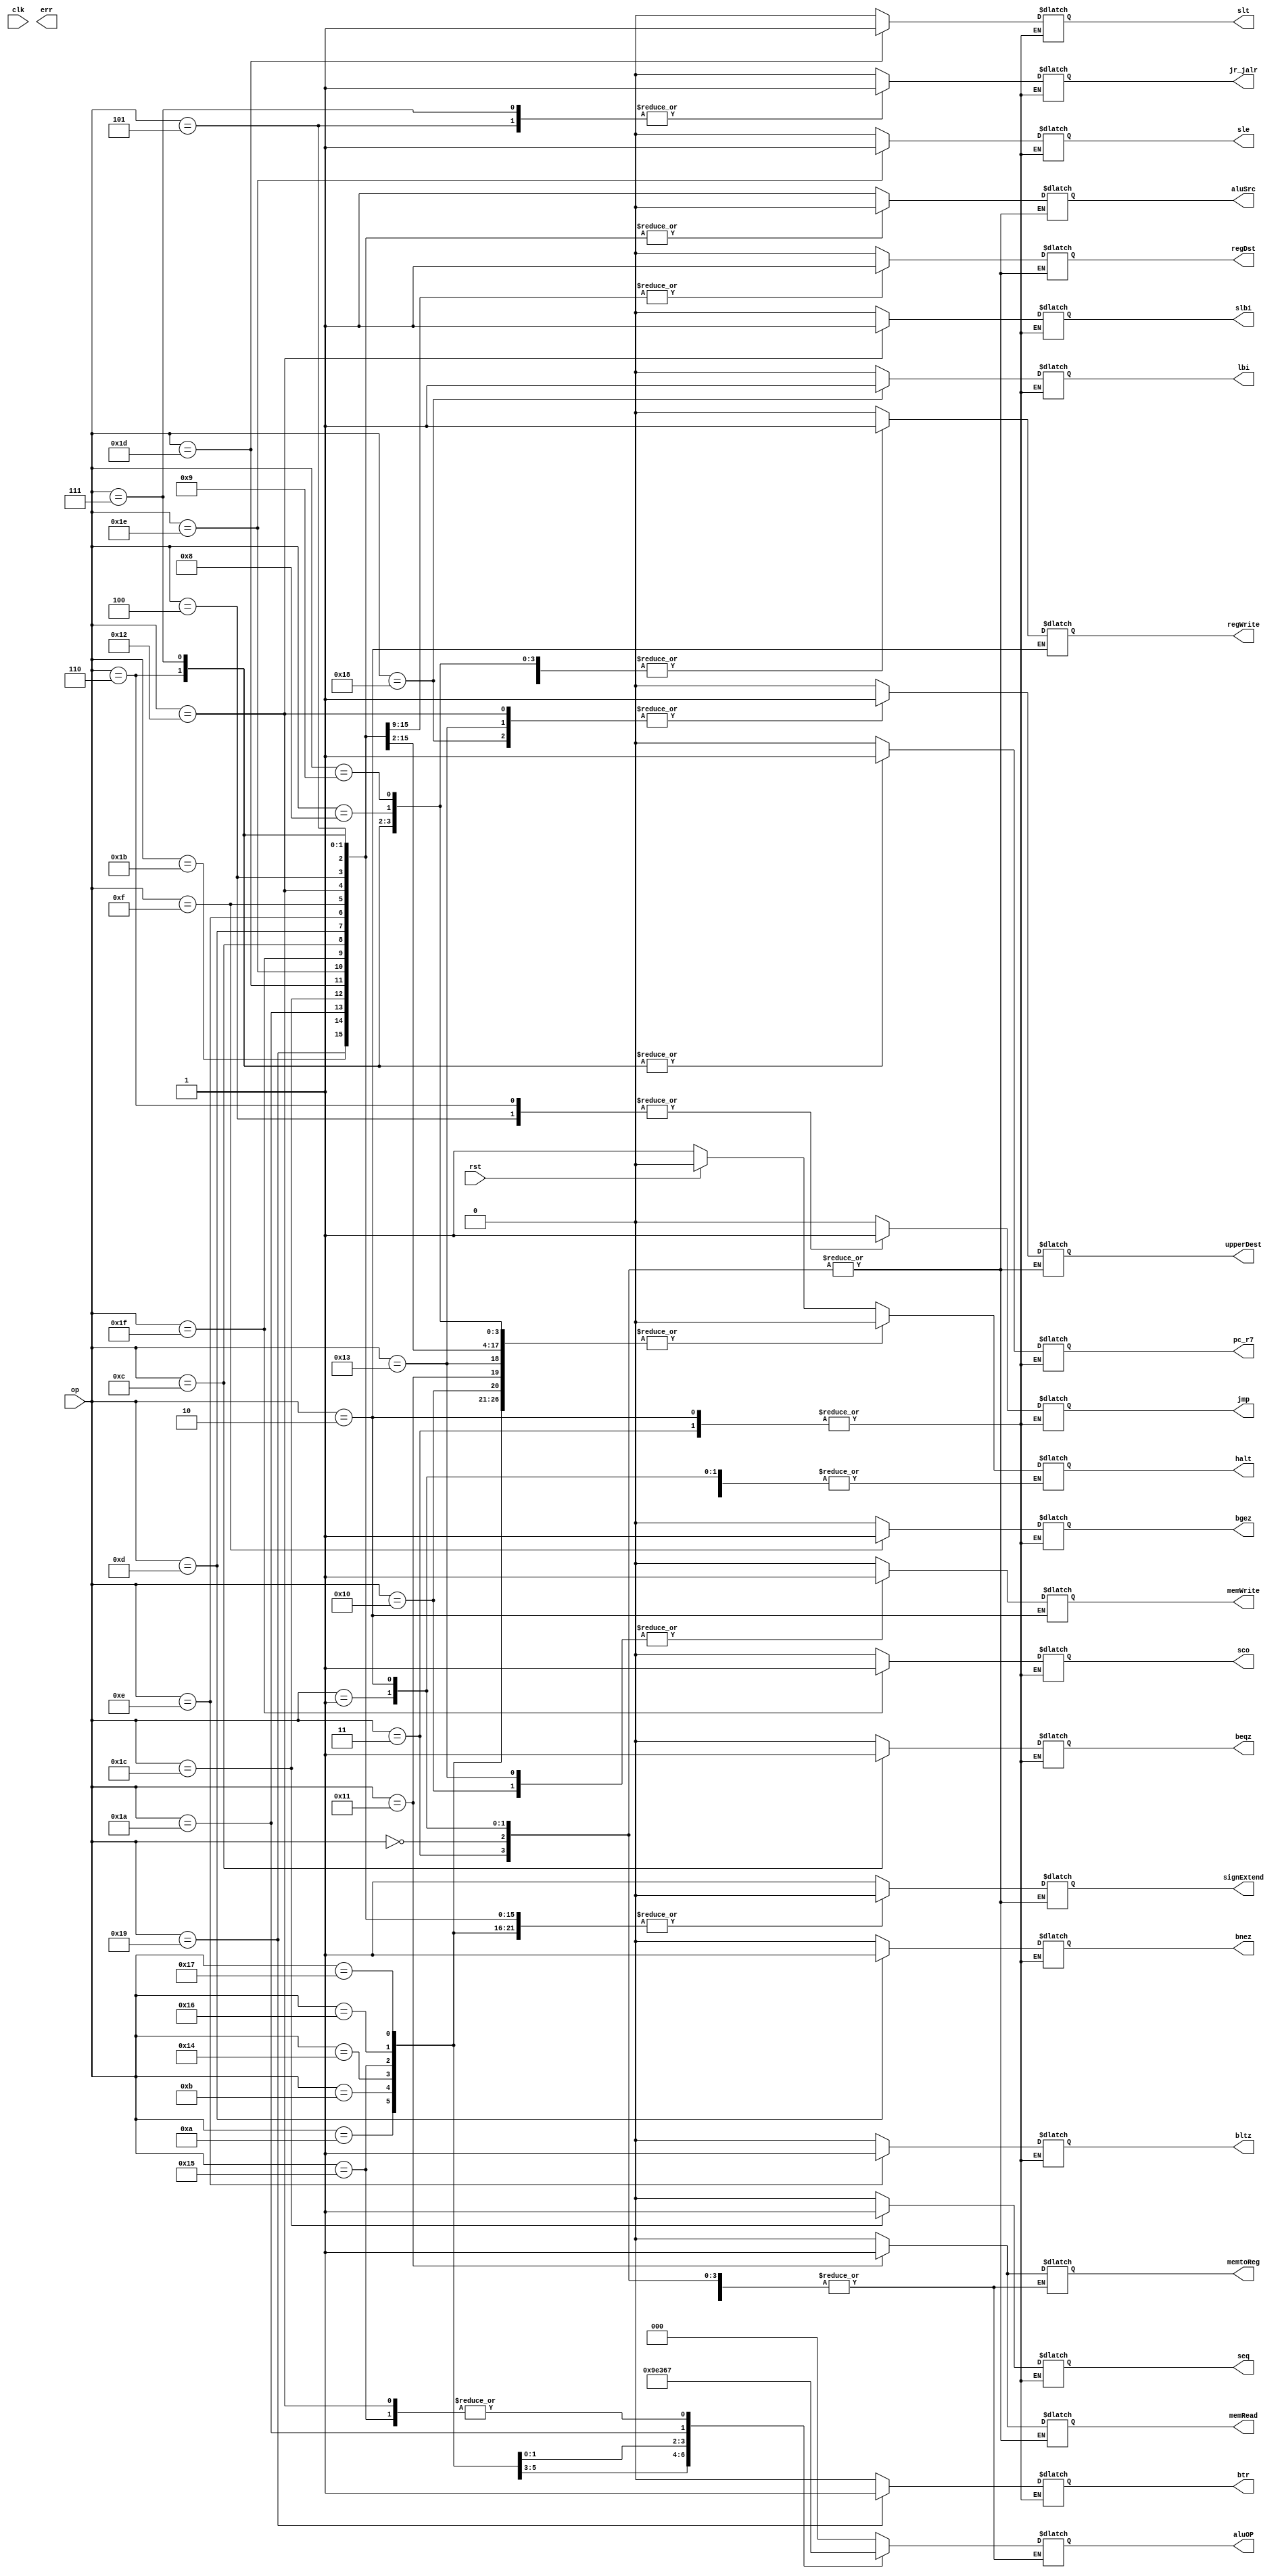
module proc_control_unpipelined(op, regDst, memRead, memWrite, memtoReg, aluOP, aluSrc, signExtend, regWrite, upperDest, lbi, slbi, btr, jmp, jr_jalr, pc_r7, beqz, bnez, bltz, bgez, halt, clk, rst, err, seq, slt, sle, sco);

input clk, rst;
input [4:0] op;

output reg regDst, memRead, memWrite, memtoReg, aluSrc, signExtend, regWrite, upperDest, err, halt;
output reg lbi, slbi, btr, jmp, jr_jalr, pc_r7, beqz, bnez, bltz, bgez, seq, slt, sle, sco;
output reg [2:0] aluOP;

parameter HALT = 5'b00000;
parameter NOP = 5'b00001;
parameter ADDI = 5'b01000;
parameter SUBI = 5'b01001;
parameter XORI = 5'b01010;
parameter ANDNI = 5'b01011;
parameter ROLI = 5'b10100;
parameter SLLI = 5'b10101;
parameter RORI = 5'b10110;
parameter SRLI = 5'b10111;
parameter ST = 5'b10000;
parameter LD = 5'b10001;
parameter STU = 5'b10011;
parameter BTR = 5'b11001;
parameter ARITH = 5'b11011;
parameter SHFT = 5'b11010;
parameter SEQ = 5'b11100;
parameter SLT = 5'b11101;
parameter SLE = 5'b11110;
parameter SCO = 5'b11111;
parameter BEQZ = 5'b01100;
parameter BNEZ = 5'b01101;
parameter BLTZ = 5'b01110;
parameter BGEZ = 5'b01111;
parameter LBI = 5'b11000;
parameter SLBI = 5'b10010;
parameter JMP = 5'b00100;
parameter JR = 5'b00101;
parameter JAL = 5'b00110;
parameter JALR = 5'b00111;
parameter ILLEGAL = 5'b00010;
parameter RTI = 5'b00011;


//FOR DEFBUGGING USE ONLY 
reg default_reached;



always @ (op) begin

	case(op)
	
	HALT : begin
		//make sure no write, assert halt, unless in reset
		memWrite = 0;
		regWrite = 0;
		lbi = 0;
		slbi = 0;
		btr = 0;
		jmp = 0;
		jr_jalr = 0;
		pc_r7 = 0;
		beqz = 0;
		bnez = 0;
		bltz = 0;
		bgez = 0;
		seq = 0;
		slt = 0;
		sle = 0;
		sco = 0;
		case(rst)
		1'b1: halt = 0;
		1'b0: halt = 1;
		default: halt = 1;
		endcase
	end
	
	NOP : begin
	//prevent a write, stall
	memWrite = 0;
	regWrite = 0;
	lbi = 0;
	slbi = 0;
	btr = 0;
	jmp = 0;
	jr_jalr = 0;
	pc_r7 = 0;
	beqz = 0;
	bnez = 0;
	bltz = 0;
	bgez = 0;
	seq = 0;
	slt = 0;
	sle = 0;
	sco = 0;
	end
	
	ADDI : begin
		aluOP = 3'b000; //ADD
		regDst = 0; //take bits of 7:5 instruction
		upperDest = 0;//upper bits not needed for write
		memRead = 0; //no mem read 
		memWrite = 0;// no mem write
		memtoReg = 0; //take alu_result to write back
		aluSrc = 1; //take extension into alu
		signExtend = 1;//sign extended immediate
		regWrite = 1;//write result back
		lbi = 0;
		slbi = 0;
		btr = 0;
		jmp = 0;
		jr_jalr = 0;
		pc_r7 = 0;
	    halt = 0; 
		beqz = 0;
		bnez = 0;
		bltz = 0;
		bgez = 0;
		seq = 0;
		slt = 0;
		sle = 0;
		sco = 0;
	end
	
	SUBI : begin
		aluOP = 3'b000; //ADD
		regDst = 0; //take bits of 7:5 instruction
		upperDest = 0;//upper bits not needed for write
		memRead = 0; //no mem read 
		memWrite = 0;// no mem write
		memtoReg = 0; //take alu_result to write back
		aluSrc = 1; //take extension into alu
		signExtend = 1;//sign extended immediate
		regWrite = 1;//write result back
	    halt = 0; 
		lbi = 0;
		slbi = 0;
		btr = 0;
		jmp = 0;
		jr_jalr = 0;
		pc_r7 = 0;
		beqz = 0;
		bnez = 0;
		bltz = 0;
		bgez = 0;
		seq = 0;
		slt = 0;
		sle = 0;
		sco = 0;
	end
	
	XORI : begin
		aluOP = 3'b010; //XOR
		regDst = 0; //take bits of 7:5 instruction
		upperDest = 0;//upper bits not needed for write
		memRead = 0; //no mem read 
		memWrite = 0;// no mem write
		memtoReg = 0; //take alu_result to write back
		aluSrc = 1; //take extension into alu
		signExtend = 0;//zero extended immediate
		regWrite = 1;//write result back
	    halt = 0; 
		lbi = 0;
		slbi = 0;
		btr = 0;
		jmp = 0;
		jr_jalr = 0;
		pc_r7 = 0;
		beqz = 0;
		bnez = 0;
		bltz = 0;
		bgez = 0;
		seq = 0;
		slt = 0;
		sle = 0;
		sco = 0;
	end
	
	ANDNI : begin
		aluOP = 3'b011; //AND
		regDst = 0; //take bits of 7:5 instruction
		upperDest = 0;//upper bits not needed for write
		memRead = 0; //no mem read 
		memWrite = 0;// no mem write
		memtoReg = 0; //take alu_result to write back
		aluSrc = 1; //take extension into alu
		signExtend = 0;//zero extended immediate
		regWrite = 1;//write result back
	    halt = 0;
		lbi = 0;
		slbi = 0;
		btr = 0;
		jmp = 0;
		jr_jalr = 0;
		pc_r7 = 0;
		beqz = 0;
		bnez = 0;
		bltz = 0;
		bgez = 0;
		seq = 0;
		slt = 0;
		sle = 0;
		sco = 0;
	end
	
	ROLI : begin
		aluOP = 3'b110; //ROL
		regDst = 0; //take bits of 7:5 instruction
		upperDest = 0;//upper bits not needed for write
		memRead = 0; //no mem read 
		memWrite = 0;// no mem write
		memtoReg = 0; //take alu_result to write back
		aluSrc = 1; //take extension into alu
		signExtend = 0;//zero extended immediate
		regWrite = 1;//write result back
	    halt = 0;
		lbi = 0;
		slbi = 0;
		btr = 0;
		jmp = 0;
		jr_jalr = 0;
		pc_r7 = 0;
		beqz = 0;
		bnez = 0;
		bltz = 0;
		bgez = 0;
		seq = 0;
		slt = 0;
		sle = 0;
		sco = 0;
	end
	
	SLLI : begin
		aluOP = 3'b111; //SLL
		regDst = 0; //take bits of 7:5 instruction
		upperDest = 0;//upper bits not needed for write
		memRead = 0; //no mem read 
		memWrite = 0;// no mem write
		memtoReg = 0; //take alu_result to write back
		aluSrc = 1; //take extension into alu
		signExtend = 0;//zero extended immediate
		regWrite = 1;//write result back
	    halt = 0;
		lbi = 0;
		slbi = 0;
		btr = 0;
		jmp = 0;
		jr_jalr = 0;
		pc_r7 = 0;
		beqz = 0;
		bnez = 0;
		bltz = 0;
		bgez = 0;
		seq = 0;
		slt = 0;
		sle = 0;
		sco = 0;
	end
	
	RORI : begin
		aluOP = 3'b001; // ROR
		regDst = 0; //take bits of 7:5 instruction
		upperDest = 0;//upper bits not needed for write
		memRead = 0; //no mem read 
		memWrite = 0;// no mem write
		memtoReg = 0; //take alu_result to write back
		aluSrc = 1; //take extension into alu
		signExtend = 0;//zero extended immediate
		regWrite = 1;//write result back
	    halt = 0;
		lbi = 0;
		slbi = 0;
		btr = 0;
		jmp = 0;
		jr_jalr = 0;
		pc_r7 = 0;
		beqz = 0;
		bnez = 0;
		bltz = 0;
		bgez = 0;
		seq = 0;
		slt = 0;
		sle = 0;
		sco = 0;
	end
	
	SRLI : begin
		aluOP = 3'b101; //SRL
		regDst = 0; //take bits of 7:5 instruction
		upperDest = 0;//upper bits not needed for write
		memRead = 0; //no mem read 
		memWrite = 0;// no mem write
		memtoReg = 0; //take alu_result to write back
		aluSrc = 1; //take extension into alu
		signExtend = 0;//zero extended immediate
		regWrite = 1;//write result back
	    halt = 0;
		lbi = 0;
		slbi = 0;
		btr = 0;
		jmp = 0;
		jr_jalr = 0;
		pc_r7 = 0;
		beqz = 0;
		bnez = 0;
		bltz = 0;
		bgez = 0;
		seq = 0;
		slt = 0;
		sle = 0;
		sco = 0;
	end
	
	ST : begin
		aluOP = 3'b000;// ADD to calculate mem addr 
		regDst = 0; //take bits of 7:5 instruction
		upperDest = 0;//upper bits not needed for write
		memRead = 0; //no mem read 
		memWrite = 1;// mem write
		memtoReg = 0; //take alu_result to write back(WB not needed)
		aluSrc = 1; //take extension into alu
		signExtend = 1;//sign extended immediate
		regWrite = 0;//nothing written back
	    halt = 0;
		lbi = 0;
		slbi = 0;
		btr = 0;
		jmp = 0;
		jr_jalr = 0;
		pc_r7 = 0;
		beqz = 0;
		bnez = 0;
		bltz = 0;
		bgez = 0;
		seq = 0;
		slt = 0;
		sle = 0;
		sco = 0;
	end
	
	LD : begin
		aluOP = 3'b000;// ADD to calculate mem addr 
		regDst = 0; //take bits of 7:5 instruction
		upperDest = 0;//upper bits not needed for write
		memRead = 1; // mem read 
		memWrite = 0;//no mem write
		memtoReg = 1; //take memory data to write back
		aluSrc = 1; //take extension into alu
		signExtend = 1;//sign extended immediate
		regWrite = 1;//write memory data back
	    halt = 0;
		lbi = 0;
		slbi = 0;
		btr = 0;
		jmp = 0;
		jr_jalr = 0;
		pc_r7 = 0;
		beqz = 0;
		bnez = 0;
		bltz = 0;
		bgez = 0;
		seq = 0;
		slt = 0;
		sle = 0;
		sco = 0;
	end
	
	STU : begin
		aluOP = 3'b000;// ADD to calculate mem addr 
		regDst = 0; // not used for reg dst
		upperDest = 1;// write to reg from upper bits
		memRead = 0; //no mem read 
		memWrite = 1;// mem write
		memtoReg = 0; //take alu_result to write back
		aluSrc = 1; //take extension into alu
		signExtend = 1;//sign extended immediate
		regWrite = 1;// write back alu result
	    halt = 0;
		lbi = 0;
		slbi = 0;
		btr = 0;
		jmp = 0;
		jr_jalr = 0;
		pc_r7 = 0;
		beqz = 0;
		bnez = 0;
		bltz = 0;
		bgez = 0;
		seq = 0;
		slt = 0;
		sle = 0;
		sco = 0;
	end
	
	BTR : begin
		aluOP = 3'b000;// ADD to calculate mem addr 
		regDst = 1; // not used for reg dst
		upperDest = 0;// write to reg from upper bits
		memRead = 0; //no mem read 
		memWrite = 0;//no mem write
		memtoReg = 0; //take alu_result to write back
		aluSrc = 0; //take read_data2 into alu
		signExtend = 0;//zero extended immediate
		regWrite = 1;// write back alu result
	    halt = 0;
		lbi = 0;
		slbi = 0;
		btr = 1;
		jmp = 0;
		jr_jalr = 0;
		pc_r7 = 0;
		beqz = 0;
		bnez = 0;
		bltz = 0;
		bgez = 0;
		seq = 0;
		slt = 0;
		sle = 0;
		sco = 0;
	end
	
	ARITH : begin
		aluOP = 3'b000;// ADD
		regDst = 1; //take bits of 4:2 of instruction
		upperDest = 0;//upper bits not needed for write
		memRead = 0; //no mem read 
		memWrite = 0;//no mem write
		memtoReg = 0; //take alu_result to write back
		aluSrc = 0; //take read_data2 into alu
		signExtend = 0;//doesnt matter here
		regWrite = 1;// write back alu result
	    halt = 0;
		lbi = 0;
		slbi = 0;
		btr = 0;
		jmp = 0;
		jr_jalr = 0;
		pc_r7 = 0;
		beqz = 0;
		bnez = 0;
		bltz = 0;
		bgez = 0;
		seq = 0;
		slt = 0;
		sle = 0;
		sco = 0;
		
	end
	
	SHFT : begin
		aluOP = 3'b100;// SRA 
		regDst = 1; //take bits of 4:2 instruction
		upperDest = 0;//upper bits not needed for write
		memRead = 0; //no mem read 
		memWrite = 0;//no mem write
		memtoReg = 0; //take alu_result to write back
		aluSrc = 0; //take read_data2 into alu
		signExtend = 0;//zero extended immediate
		regWrite = 1;// write back alu result
	    halt = 0;
		lbi = 0;
		slbi = 0;
		btr = 0;
		jmp = 0;
		jr_jalr = 0;
		pc_r7 = 0;
		beqz = 0;
		bnez = 0;
		bltz = 0;
		bgez = 0;
		seq = 0;
		slt = 0;
		sle = 0;
		sco = 0;
	end
	
	SEQ : begin
		aluOP = 3'b000;// ADD  
		regDst = 1; //take bits of 4:2 instruction
		upperDest = 0;//upper bits not needed for write
		memRead = 0; //no mem read 
		memWrite = 0;//no mem write
		memtoReg = 0; //take alu_result to write back
		aluSrc = 0; //take read_data2 into alu
		signExtend = 0;//zero extended immediate
		regWrite = 1;// write back alu result
	    halt = 0;
		lbi = 0;
		slbi = 0;
		btr = 0;
		jmp = 0;
		jr_jalr = 0;
		pc_r7 = 0;
		beqz = 0;
		bnez = 0;
		bltz = 0;
		bgez = 0;
		seq = 1;
		slt = 0;
		sle = 0;
		sco = 0;
	end
	
	SLT : begin
		aluOP = 3'b000;// ADD
		regDst = 1; //take bits of 4:2 instruction
		upperDest = 0;//upper bits not needed for write
		memRead = 0; //no mem read 
		memWrite = 0;//no mem write
		memtoReg = 0; //take alu_result to write back
		aluSrc = 0; //take read_data2 into alu
		signExtend = 0;//zero extended immediate
		regWrite = 1;// write back alu result
	    halt = 0;
		lbi = 0;
		slbi = 0;
		btr = 0;
		jmp = 0;
		jr_jalr = 0;
		pc_r7 = 0;
		beqz = 0;
		bnez = 0;
		bltz = 0;
		bgez = 0;
		seq = 0;
		slt = 1;
		sle = 0;
		sco = 0;
	end
	
	SLE : begin
		aluOP = 3'b000;// ADDr
		regDst = 1; //take bits of 4:2 instruction
		upperDest = 0;//upper bits not needed for write
		memRead = 0; //no mem read 
		memWrite = 0;//no mem write
		memtoReg = 0; //take alu_result to write back
		aluSrc = 0; //take read_data2 into alu
		signExtend = 0;//zero extended immediate
		regWrite = 1;// write back alu result
	    halt = 0;
		lbi = 0;
		slbi = 0;
		btr = 0;
		jmp = 0;
		jr_jalr = 0;
		pc_r7 = 0;
		beqz = 0;
		bnez = 0;
		bltz = 0;
		bgez = 0;
		seq = 0;
		slt = 0;
		sle = 1;
		sco = 0;
	end
	
	SCO : begin
		aluOP = 3'b000;// ADD
		regDst = 1; //take bits of 4:2 instruction
		upperDest = 0;//upper bits not needed for write
		memRead = 0; //no mem read 
		memWrite = 0;//no mem write
		memtoReg = 0; //take alu_result to write back
		aluSrc = 0; //take read_data2 into alu
		signExtend = 0;//zero extended immediate
		regWrite = 1;// write back alu result
	    halt = 0;
		lbi = 0;
		slbi = 0;
		btr = 0;
		jmp = 0;
		jr_jalr = 0;
		pc_r7 = 0;
		beqz = 0;
		bnez = 0;
		bltz = 0;
		bgez = 0;
		seq = 0;
		slt = 0;
		sle = 0;
		sco = 1;
	end
	
	BEQZ : begin
		aluOP = 3'b000;// ADD to calculate target addr
		regDst = 0; //no write register for branch
		upperDest = 0;//upper bits not needed for write
		memRead = 0; //no mem read 
		memWrite = 0;//no mem write
		memtoReg = 0; //take alu_result to write back
		aluSrc = 0; //take extension into alu
		signExtend = 0;//sign extended immediate
		regWrite = 0;//no write back
	    halt = 0;
		lbi = 0;
		slbi = 0;
		btr = 0;
		jmp = 0;
		jr_jalr = 0;
		pc_r7 = 0;
		beqz = 1;
		bnez = 0;
		bltz = 0;
		bgez = 0;
		seq = 0;
		slt = 0;
		sle = 0;
		sco = 0;
	end
	
	BNEZ : begin
		aluOP = 3'b000;// ADD to calculate target addr
		regDst = 0; //no write register for branch
		upperDest = 0;//upper bits not needed for write
		memRead = 0; //no mem read 
		memWrite = 0;//no mem write
		memtoReg = 0; //take alu_result to write back
		aluSrc = 0; //take extension into alu
		signExtend = 0;//sign extended immediate
		regWrite = 0;//no write back
	    halt = 0;
		lbi = 0;
		slbi = 0;
		btr = 0;
		jmp = 0;
		jr_jalr = 0;
		pc_r7 = 0;
		beqz = 0;
		bnez = 1;
		bltz = 0;
		bgez = 0;
		seq = 0;
		slt = 0;
		sle = 0;
		sco = 0;
	end
	
	BLTZ : begin
		aluOP = 3'b000;// ADD to calculate target addr
		regDst = 0; //no write register for branch
		upperDest = 0;//upper bits not needed for write
		memRead = 0; //no mem read 
		memWrite = 0;//no mem write
		memtoReg = 0; //take alu_result to write back
		aluSrc = 0; //take extension into alu
		signExtend = 0;//sign extended immediate
		regWrite = 0;//no write back
	    halt = 0;
		lbi = 0;
		slbi = 0;
		btr = 0;
		jmp = 0;
		jr_jalr = 0;
		pc_r7 = 0;
		beqz = 0;
		bnez = 0;
		bltz = 1;
		bgez = 0;
		seq = 0;
		slt = 0;
		sle = 0;
		sco = 0;
	end
	
	BGEZ : begin
		aluOP = 3'b000;// ADD to calculate target addr
		regDst = 0; //no write register for branch
		upperDest = 0;//upper bits not needed for write
		memRead = 0; //no mem read 
		memWrite = 0;//no mem write
		memtoReg = 0; //take alu_result to write back
		aluSrc = 0; //take extension into alu
		signExtend = 0;//sign extended immediate
		regWrite = 0;//no write back
	    halt = 0;
		lbi = 0;
		slbi = 0;
		btr = 0;
		jmp = 0;
		jr_jalr = 0;
		pc_r7 = 0;
		beqz = 0;
		bnez = 0;
		bltz = 0;
		bgez = 1;
		seq = 0;
		slt = 0;
		sle = 0;
		sco = 0;
	end
	
	LBI : begin
		regDst = 0; //reg dst not from these bytes
		upperDest = 1;//upper bits not needed for write
		memRead = 0; //no mem read 
		memWrite = 0;//no mem write
		aluSrc = 1; //take extension into alu
		signExtend = 1;//sign extended immediate
		regWrite = 1;//write back
	    halt = 0;
		lbi = 1;
		slbi = 0;
		btr = 0;
		jmp = 0;
		jr_jalr = 0;
		pc_r7 = 0;
		beqz = 0;
		bnez = 0;
		bltz = 0;
		bgez = 0;
		seq = 0;
		slt = 0;
		sle = 0;
		sco = 0;
	end
	
	SLBI : begin
		aluOP = 3'b111;// SLL
		regDst = 0; //no write register for branch
		upperDest = 1;//upper bits are WRS
		memRead = 0; //no mem read 
		memWrite = 0;//no mem write
		memtoReg = 0; //take alu_result to write back
		aluSrc = 0; //take extension into alu
		signExtend = 0;//zero extended immediate
		regWrite = 1;//no write back
	    halt = 0;
		lbi = 0;
		slbi = 1;
		btr = 0;
		jmp = 0;
		jr_jalr = 0;
		pc_r7 = 0;
		beqz = 0;
		bnez = 0;
		bltz = 0;
		bgez = 0;
		seq = 0;
		slt = 0;
		sle = 0;
		sco = 0;
	end
	
	JMP : begin
		aluOP = 3'b000;// 
		regDst = 0; //no write register for branch
		upperDest = 0;//upper bits are WRS
		memRead = 0; //no mem read 
		memWrite = 0;//no mem write
		memtoReg = 0; //take alu_result to write back
		aluSrc = 0; //take extension into alu
		signExtend = 0;//zero extended immediate
		regWrite = 0;//no write back
	    halt = 0;
		lbi = 0;
		slbi = 0;
		btr = 0;
		jmp = 1;
		jr_jalr = 0;
		pc_r7 = 0;
		beqz = 0;
		bnez = 0;
		bltz = 0;
		bgez = 0;
		seq = 0;
		slt = 0;
		sle = 0;
		sco = 0;
	end
	
	JR : begin
		aluOP = 3'b000;// 
		regDst = 0; //no write register for branch
		upperDest = 0;//upper bits are WRS
		memRead = 0; //no mem read 
		memWrite = 0;//no mem write
		memtoReg = 0; //take alu_result to write back
		aluSrc = 0; //take extension into alu
		signExtend = 0;//zero extended immediate
		regWrite = 0;//no write back
	    halt = 0;
		lbi = 0;
		slbi = 0;
		btr = 0;
		jmp = 0;
		jr_jalr = 1;
		pc_r7 = 0;
		beqz = 0;
		bnez = 0;
		bltz = 0;
		bgez = 0;
		seq = 0;
		slt = 0;
		sle = 0;
		sco = 0;
	end
	
	JAL : begin
		aluOP = 3'b000;// 
		regDst = 0; //no write register for branch
		upperDest = 0;//upper bits are WRS
		memRead = 0; //no mem read 
		memWrite = 0;//no mem write
		memtoReg = 0; //take alu_result to write back
		aluSrc = 0; //take extension into alu
		signExtend = 0;//zero extended immediate
		regWrite = 1;//no write back
	    halt = 0;
		lbi = 0;
		slbi = 0;
		btr = 0;
		jmp = 1;
		jr_jalr = 0;
		pc_r7 = 1;
		beqz = 0;
		bnez = 0;
		bltz = 0;
		bgez = 0;
		seq = 0;
		slt = 0;
		sle = 0;
		sco = 0;
	end
	
	JALR : begin
		aluOP = 3'b000;// 
		regDst = 0; //no write register for branch
		upperDest = 0;//upper bits are WRS
		memRead = 0; //no mem read 
		memWrite = 0;//no mem write
		memtoReg = 0; //take alu_result to write back
		aluSrc = 0; //take extension into alu
		signExtend = 0;//zero extended immediate
		regWrite = 1;//no write back
	    halt = 0;
		lbi = 0;
		slbi = 0;
		btr = 0;
		jmp = 0;
		jr_jalr = 1;
		pc_r7 = 1;
		beqz = 0;
		bnez = 0;
		bltz = 0;
		bgez = 0;
		seq = 0;
		slt = 0;
		sle = 0;
		sco = 0;
	end
	
	ILLEGAL : begin
	//Not yet implemented
	end
	
	RTI : begin
	//PC<-EPC
	//For now just prevents a write
	memWrite = 0;
	regWrite = 0;
	end

	default: default_reached = 1;
endcase
end

endmodule